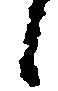
候